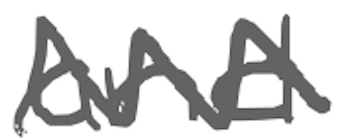
Text: and
Cross-out: zig-zag
Writing tool: digital_gray